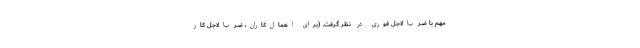
مهم با ضرب‌الاجل فوری در نظر گرفت. (برای اهمال‌کاران، ضرب‌الاجلِ کارْ